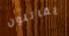
يقاتلون